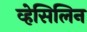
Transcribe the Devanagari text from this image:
व्हेसिलिन